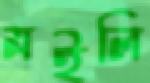
মইলি